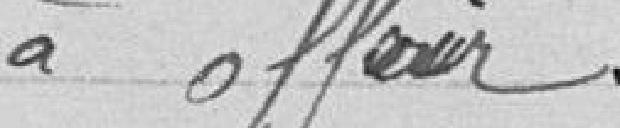
à offrir